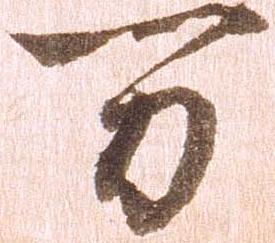
万